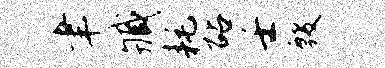
聿臧耗砧壬殷